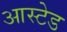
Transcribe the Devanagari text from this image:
आस्टेड